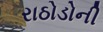
રાઠોડોની